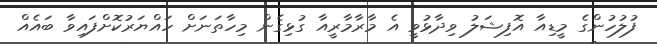
ފުލުހުންގެ މީޑިއާ އޮފިޝަލު ވިދާޅުވީ އެ މާރާމާރީއާ ގުޅިގެން މިހާތަނަށް ހައްޔަރުކޮށްފައިވާ ބައެއް